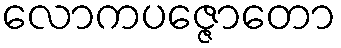
လောကပဇ္ဇောတော